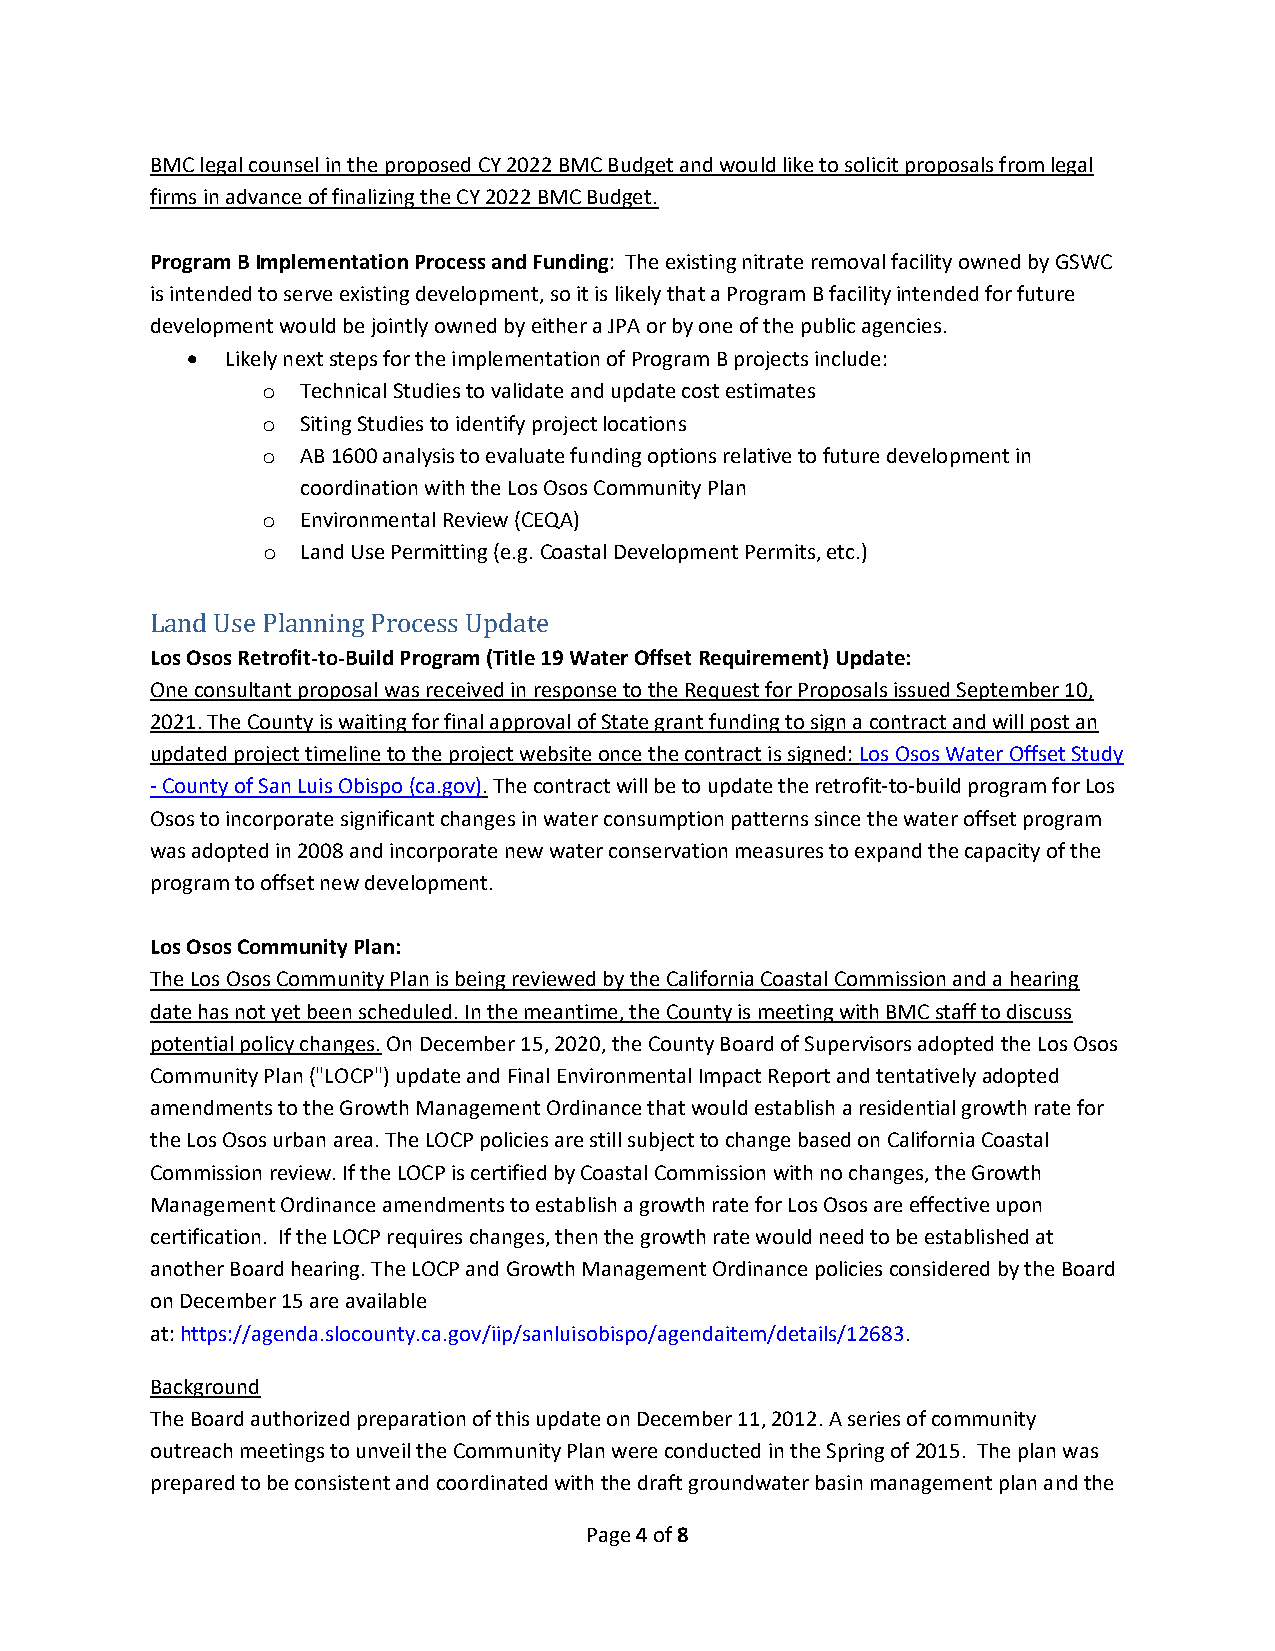
BMC legal counsel in the proposed CY 2022 BMC Budget and would like to solicit proposals from legal
 firms in advance of finalizing the CY 2022 BMC Budget.
 Program B Implementation Process and Funding: The existing nitrate removal facility owned by GSWC
 is intended to serve existing development, so it is likely that a Program B facility intended for future
 development would be jointly owned by either a JPA or by one of the public agencies.
   Likely next steps for the implementation of Program B projects include:
 o  Technical Studies to validate and update cost estimates
 o  Siting Studies to identify project locations
 o  AB 1600 analysis to evaluate funding options relative to future development in
 coordination with the Los Osos Community Plan
 o  Environmental Review (CEQA)
 o  Land Use Permitting (e.g. Coastal Development Permits, etc.)
 Land Use Planning Process Update
 Los Osos Retrofit‐to‐Build Program (Title 19 Water Offset Requirement) Update:
 One consultant proposal was received in response to the Request for Proposals issued September 10,
 2021. The County is waiting for final approval of State grant funding to sign a contract and will post an
 updated project timeline to the project website once the contract is signed: Los Osos Water Offset Study
 ‐ County of San Luis Obispo (ca.gov). The contract will be to update the retrofit‐to‐build program for Los
 Osos to incorporate significant changes in water consumption patterns since the water offset program
 was adopted in 2008 and incorporate new water conservation measures to expand the capacity of the
 program to offset new development.
 Los Osos Community Plan:
 The Los Osos Community Plan is being reviewed by the California Coastal Commission and a hearing
 date has not yet been scheduled. In the meantime, the County is meeting with BMC staff to discuss
 potential policy changes. On December 15, 2020, the County Board of Supervisors adopted the Los Osos
 Community Plan ("LOCP") update and Final Environmental Impact Report and tentatively adopted
 amendments to the Growth Management Ordinance that would establish a residential growth rate for
 the Los Osos urban area. The LOCP policies are still subject to change based on California Coastal
 Commission review. If the LOCP is certified by Coastal Commission with no changes, the Growth
 Management Ordinance amendments to establish a growth rate for Los Osos are effective upon
 certification. If the LOCP requires changes, then the growth rate would need to be established at
 another Board hearing. The LOCP and Growth Management Ordinance policies considered by the Board
 on December 15 are available
 at: https://agenda.slocounty.ca.gov/iip/sanluisobispo/agendaitem/details/12683.
 Background
 The Board authorized preparation of this update on December 11, 2012. A series of community
 outreach meetings to unveil the Community Plan were conducted in the Spring of 2015. The plan was
 prepared to be consistent and coordinated with the draft groundwater basin management plan and the
 Page 4 of 8